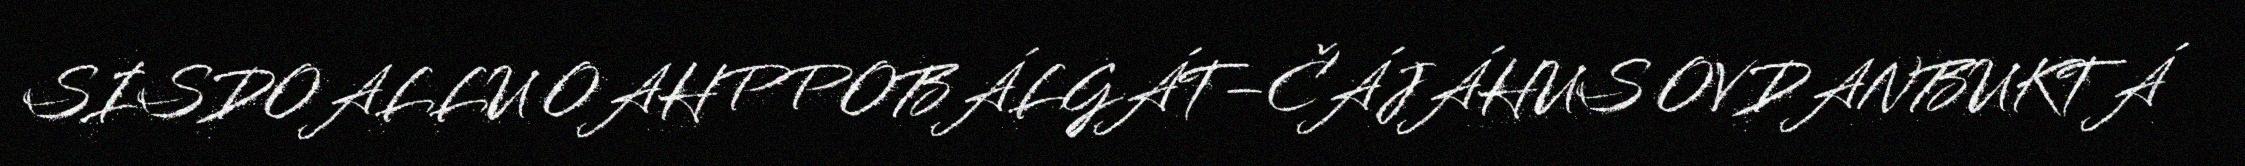
SISDOALLU OAHPPOBÁLGÁT–ČÁJÁHUS OVDANBUKTÁ